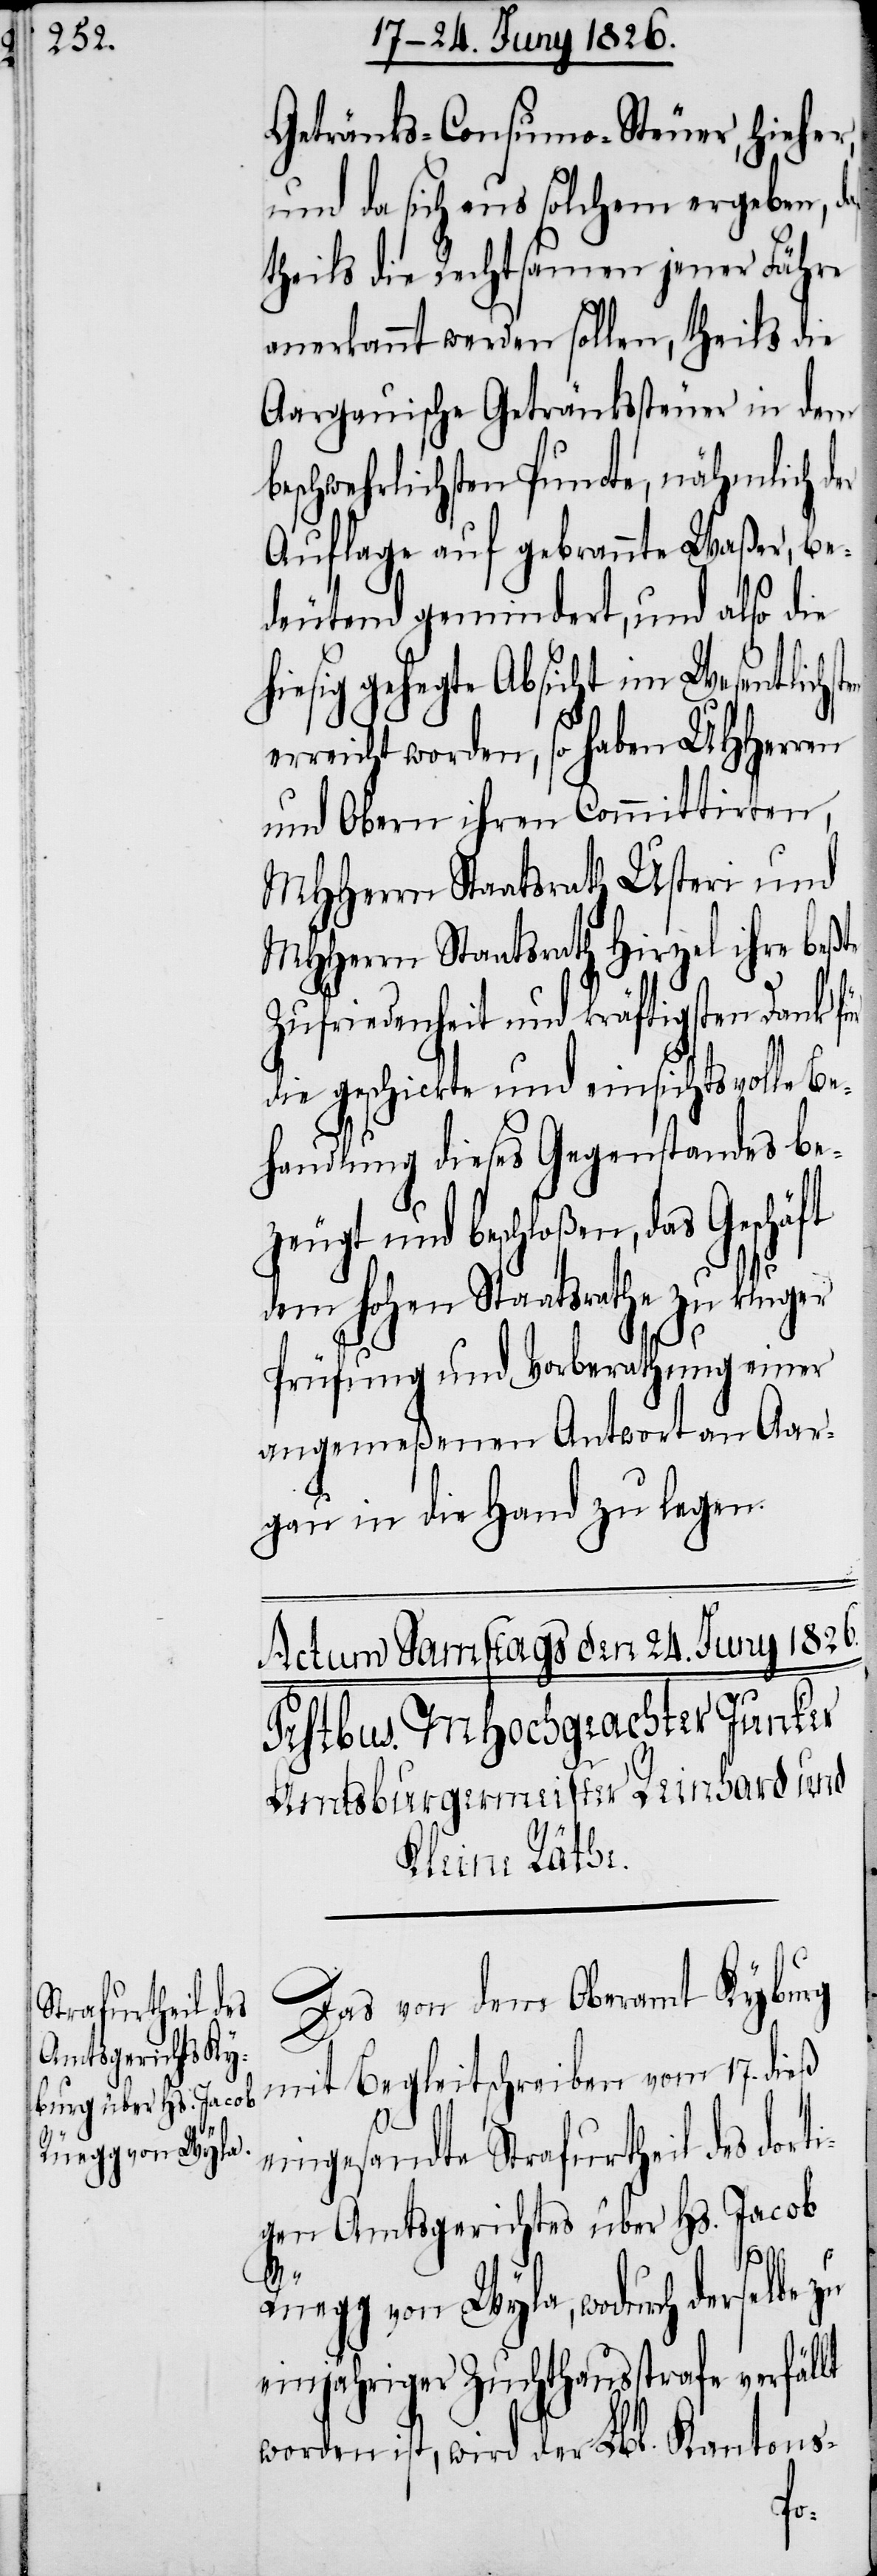
Getränks-Consumo-Steuer, hieher,
und da sich aus solchem ergeben, da
theils die Rechtsamen jener Fähre
anerkannt werden sollen, theils die
Aargauische Getränkssteuer in dem
beschwehrlichsten Puncte, nähmlich der
Auflage auf gebrannte Waßer, be¬
deutend gemindert, und also die
hiesig gehegte Absicht im Wesentlichs¬
erreicht worden, so haben UHHerren
und Obern ihren Committirten,
MHHerrn Staatsrath Usteri und
MHHern Staatsrath Hirzel ihre beßte
Zufriedenheit und kräftigsten Dank für
die geschickte und einsichtsvolle Be¬
handlung dieses Gegenstandes bez¬
eugt und beschloßen, das
dem hohen Staatsrathe zu kluger
Prüfung und Vorberathung einer
angemeßenen Antwort an Aar¬
gau in die Hand zu legen.
Das von dem Oberamt Kyburg
mit Begleitschreiben vom 17. dieß
eingesandte Strafurtheil des dort¬
igen Amtsgerichtes über Hs. Jacob
Rüegg von Wyla, wodurch derselbe zu
einjähriger Zuchthausstrafe verfällt
worden ist, wird der Lbl. Kantons-
ten